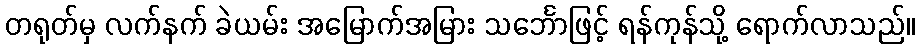
တရုတ်မှ လက်နက် ခဲယမ်း အမြောက်အမြား သင်္ဘောဖြင့် ရန်ကုန်သို့ ရောက်လာသည်။